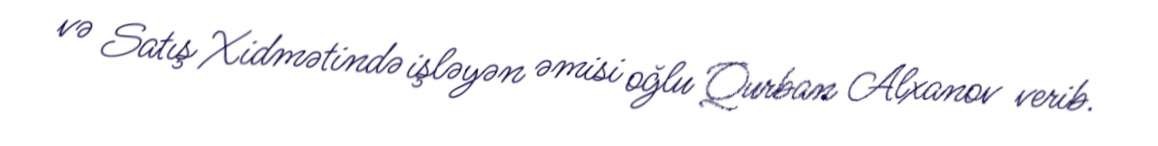
və Satış Xidmətində işləyən əmisi oğlu Qurban Alxanov verib.